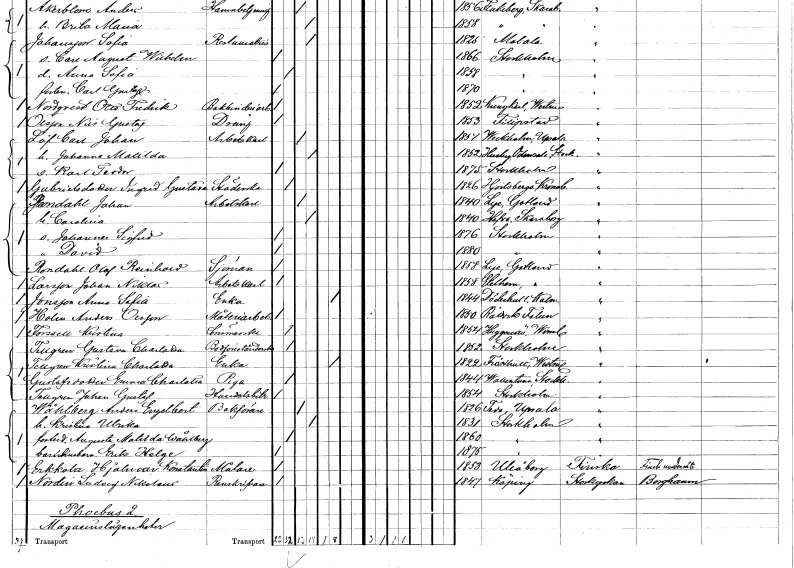
gt_parse: households: individuals: FN: Carl Johan
EN: Löf
YRKE: Arbetskarl
KON: M
CIV: G
FODAR: 1854
FODFORS: Veckholm Uppsala län
FN: Johanna Matilda
KON: K
CIV: G
FODAR: 1862
FODFORS: Husby Odensala Stockholms län
FN: Karl Teodor
KON: M
CIV: O
FODAR: 1875
FODFORS: Stockholm
FN: Ingrid Gustava
EN: Gabrielsdotter
YRKE: Städerska
KON: K
CIV: O
FODAR: 1826
FODFORS: Hjortsberga Kronobergs län
FN: Johan
EN: Rondahl
YRKE: Arbetskarl
KON: M
CIV: G
FODAR: 1840
FODFORS: Lye Gotlands län
FN: Carolina
KON: K
CIV: G
FODAR: 1840
FODFORS: Hova Skaraborgs län
FN: Johannes Sigfrid
KON: M
CIV: O
FODAR: 1876
FODFORS: Stockholm
FN: David
KON: M
CIV: O
FODAR: 1880
FODFORS: Stockholm
FN: Olof Reinhold
EN: Rondahl
YRKE: Sjöman
KON: M
CIV: O
FODAR: 1858
FODFORS: Lye Gotlands län
FN: Johan Niklas
EN: Larsson
YRKE: Arbetskarl
KON: M
CIV: O
FODAR: 1858
FODFORS: Etelhem Gotlands län
FN: Anna Sofia
EN: Jonsson
YRKE: Änka
KON: K
CIV: E
FODAR: 1844
FODFORS: Döderhult Kalmar län
FN: Anders
EN: Holm Olsson
YRKE: Måleriarbetare
KON: M
CIV: O
FODAR: 1850
FODFORS: Rättvik Kopparbergs län
FN: Kristina
EN: Forsell
YRKE: Sömmerska
KON: K
CIV: O
FODAR: 1854
FODFORS: Huggenäs Värmlands län
FN: Gustava Charlotta
EN: Tellgren
YRKE: Bodförestånderska
KON: K
CIV: O
FODAR: 1852
FODFORS: Stockholm
FN: Kristina Charlotta
EN: Tellgren
YRKE: Änka
KON: K
CIV: E
FODAR: 1822
FODFORS: Frösthult Uppsala län
FN: Emma Charlotta
EN: Gustafsdotter
YRKE: Piga
KON: K
CIV: O
FODAR: 1844
FODFORS: Vallentuna Stockholms län
FN: Johan Gustaf
EN: Tellgren
YRKE: Handelsbiträde
KON: M
CIV: O
FODAR: 1854
FODFORS: Stockholm
FN: Anders Engelbert
EN: Wåhlberg
YRKE: Bokförare
KON: M
CIV: G
FODAR: 1826
FODFORS: Teda Uppsala län
FN: Kristina Ulrika
KON: K
CIV: G
FODAR: 1831
FODFORS: Stockholm
FN: Augusta Matilda
EN: Wåhlberg
KON: K
CIV: O
FODAR: 1860
FODFORS: Stockholm
FN: Erik Helge
YRKE: Barnhusbarn
KON: M
CIV: O
FODAR: 1875
FODFORS: Stockholm
FN: Hjalmar Konstantin
EN: Erkkola
YRKE: Målare
KON: M
CIV: O
FODAR: 1853
FN: Ludvig Nikolaus
EN: Nordin
YRKE: Renskrivare
KON: M
CIV: O
FODAR: 1847
FODFORS: Köping Västmanlands län